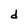
Character: d